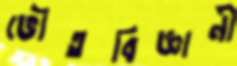
ভৌতবিজ্ঞানী